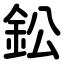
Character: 鈆